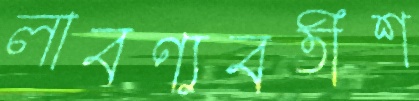
লাবণ্যবতীশ